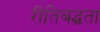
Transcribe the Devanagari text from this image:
रीतिबद्धता